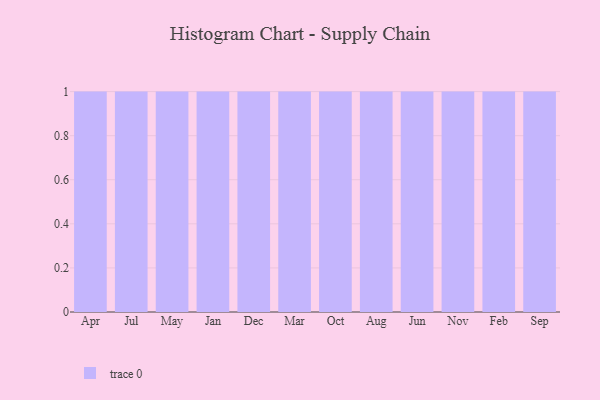
{"axis": {"x": "Month", "y": "Budget (USD K)"}, "legend": [""], "data": [{"x": "Apr", "y": 31, "type": ""}, {"x": "Jul", "y": 70, "type": ""}, {"x": "May", "y": 55, "type": ""}, {"x": "Jan", "y": 54, "type": ""}, {"x": "Dec", "y": 96, "type": ""}, {"x": "Mar", "y": 97, "type": ""}, {"x": "Oct", "y": 91, "type": ""}, {"x": "Aug", "y": 13, "type": ""}, {"x": "Jun", "y": 64, "type": ""}, {"x": "Nov", "y": 35, "type": ""}, {"x": "Feb", "y": 30, "type": ""}, {"x": "Sep", "y": 92, "type": ""}]}